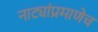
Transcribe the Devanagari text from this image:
नाट्यांप्रमाणेच